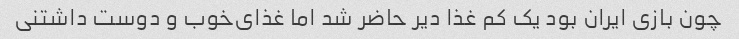
چون بازی ایران بود یک کم غذا دیر حاضر شد اما غذای‌خوب و دوست داشتنی